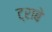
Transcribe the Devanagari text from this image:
ट्राबे